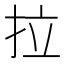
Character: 拉